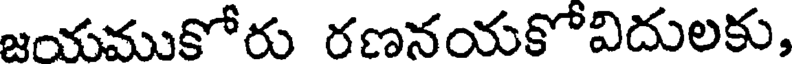
జయముకోరు రణనయకోవిదులకు,